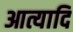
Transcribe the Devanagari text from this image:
आत्यादि